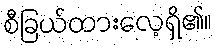
စီခြယ်ထားလေ့ရှိ၏။